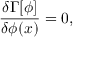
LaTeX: \frac { \delta \Gamma [ \phi ] } { \delta \phi ( x ) } = 0 ,